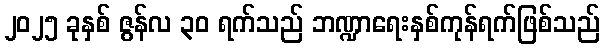
၂၀၂၅ ခုနှစ် ဇွန်လ ၃၀ ရက်သည် ဘဏ္ဍာရေးနှစ်ကုန်ရက်ဖြစ်သည်